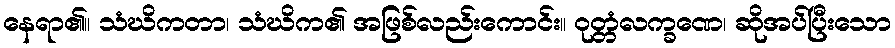
နေရာ၏။ သံဃိကတာ၊ သံဃိက၏ အဖြစ်လည်းကောင်း။ ဝုတ္တံလက္ခဏေ၊ ဆိုအပ်ပြီးသော